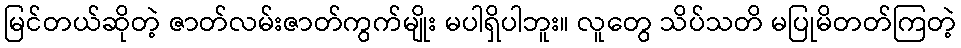
မြင်တယ်ဆိုတဲ့ ဇာတ်လမ်းဇာတ်ကွက်မျိုး မပါရှိပါဘူး။ လူတွေ သိပ်သတိ မပြုမိတတ်ကြတဲ့